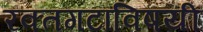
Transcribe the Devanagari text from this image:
रक्तगटाविषयी